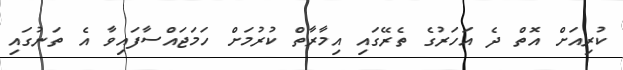
ކުރިއަށް އޮތް ދެ އަހަރުގެ ތެރޭގައި އިމާރާތް ކުރުމަށް ހަމަޖައްސާފައިވާ އެ ތަނުގައި